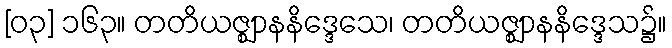
[၀၃] ၁၆၃။ တတိယဇ္ဈာနနိဒ္ဒေသေ၊ တတိယဇ္ဈာနနိဒ္ဒေသ၌။